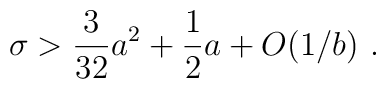
\sigma > {3\over 32} {{a}}^2 + {1 \over 2} {{a}} + O(1/{{b}})\ .